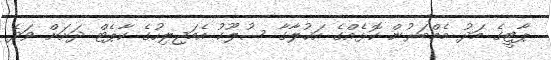
ޕާޓީގެ މަދު މެމްބަރުން ކޮޅެއްގެ އަޚުލާގާ ސުލޫކު އެމަޖިލިހުގެ ކާޕެޓް ދަށަށް ވަދެ